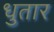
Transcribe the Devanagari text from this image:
धुतार